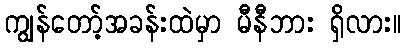
ကျွန်တော့်အခန်းထဲမှာ မီနီဘား ရှိလား။